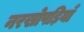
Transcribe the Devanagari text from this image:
नरखोपड़ियाँ